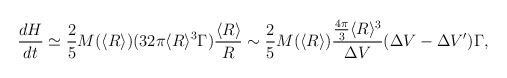
\begin{align*}\frac{dH}{dt} \simeq \frac{2}{5}M(\langle R \rangle)(32 \pi \langle R \rangle^3 \Gamma) \frac{\langle R \rangle}{R} \sim \frac{2}{5}M(\langle R \rangle) \frac{\frac{4 \pi}{3}\langle R \rangle^3}{\Delta V} (\Delta V -\Delta V')\Gamma,\end{align*}